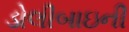
ડોલીબાઇની